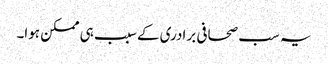
یہ سب صحافی برادری کے سبب ہی ممکن ہوا۔